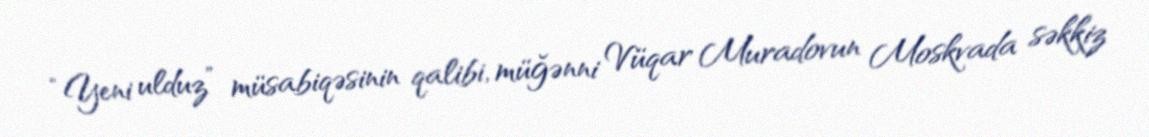
“Yeni ulduz” müsabiqəsinin qalibi, müğənni Vüqar Muradovun Moskvada səkkiz